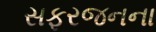
સફરજનના